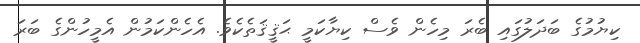
ކިޔުމުގެ ބަދަލުގައި ބެރަ މިހެން ވެސް ކިޔާކަމީ ޙަޤީޤަތެކެވެ. އެހެންކަމުން އެމީހުންގެ ބަރަ